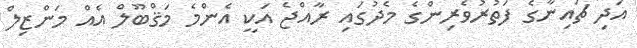
އަދި ޗައިނާގެ ފަތުރުވެރިންގެ މެދުގައި ރާއްޖެ އަކީ އެންމެ މަޤްބޫލް އެއް މަންޒިލް